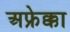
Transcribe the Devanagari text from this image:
अफ्रेक्का